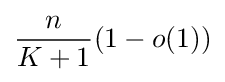
{\frac {n}{K+1}}(1-o(1))